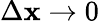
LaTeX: \Delta\mathbf{x}\to0